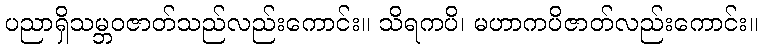
ပညာရှိသမ္ဘဝဇာတ်သည်လည်းကောင်း။ သိရကပိ၊ မဟာကပိဇာတ်လည်းကောင်း။